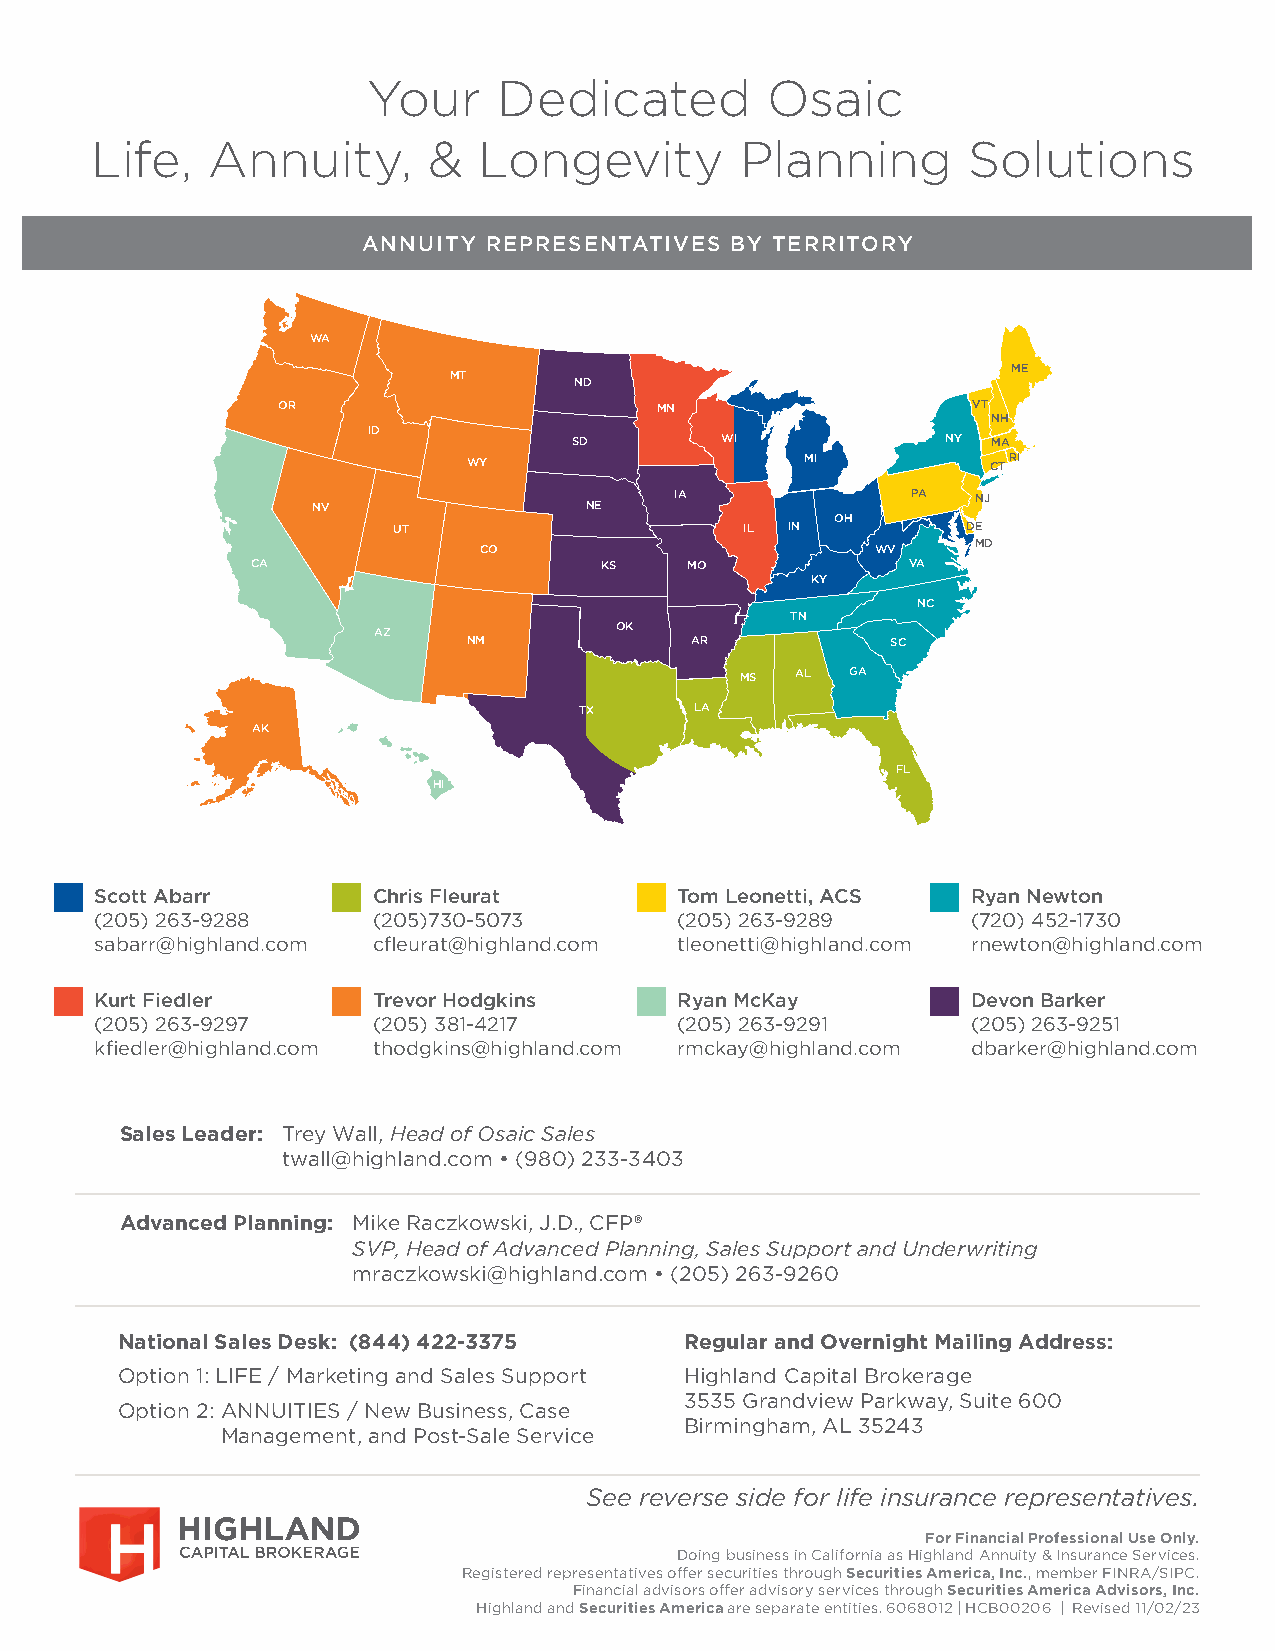
Your     Dedicated         Osaic
 Life,   Annuity,      &   Longevity        Planning       Solutions
 ANNUITY REPRESENTATIVES BY TERRITORY
 WA
 ME
 MT
 ND
 OR                       MN                   VT
 NH
 ID
 SD        WI             NY MA
 WY                    MI           CTRI
 IA             PA   NJ
 NV                NE
 OH
 UT                     IL IN          DE
 CO                        WV     MD
 CA                     KS    MO            VA
 KY
 NC
 TN
 AZ              OK
 NM             AR           SC
 MS  AL GA
 TX      LA
 AK
 FL
 HI
 Scott Abarr        Chris Fleurat       Tom Leonetti, ACS  Ryan Newton
 (205) 263-9288     (205)730-5073       (205) 263-9289     (720) 452-1730
 sabarr@highland.com cfleurat@highland.com tleonetti@highland.com rnewton@highland.com
 Kurt Fiedler       Trevor Hodgkins     Ryan McKay         Devon Barker
 (205) 263-9297     (205) 381-4217      (205) 263-9291     (205) 263-9251
 kfiedler@highland.com thodgkins@highland.com rmckay@highland.com dbarker@highland.com
 Sales Leader: T rey Wall, Head of Osaic Sales
 twall@highland.com • (980) 233-3403
 Advanced Planning: Mike Raczkowski, J.D., CFP®
 SVP, Head of Advanced Planning, Sales Support and Underwriting
 mraczkowski@highland.com • (205) 263-9260
 National Sales Desk: (844) 422-3375  Regular and Overnight Mailing Address:
 Option 1: LIFE / Marketing and Sales Support Highland Capital Brokerage
 3535 Grandview Parkway, Suite 600
 Option 2: A NNUITIES / New Business, Case
 Birmingham, AL 35243
 Management, and Post-Sale Service
 See reverse side for life insurance representatives.
 For Financial Professional Use Only.
 Doing business in California as Highland Annuity & Insurance Services.
 Registered representatives offer securities through Securities America, Inc., member FINRA/SIPC.
 Financial advisors offer advisory services through Securities America Advisors, Inc.
 Highland and Securities America are separate entities. 6068012 | HCB00206 | Revised 11/02/23